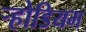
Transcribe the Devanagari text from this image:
ऱ्होडियम